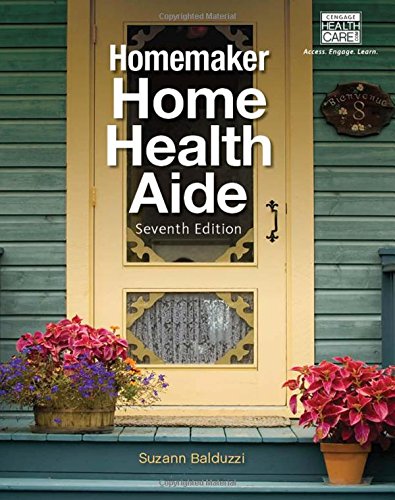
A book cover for Homemaker Home Health Aide; Suzann Balduzzi; Medical Books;